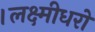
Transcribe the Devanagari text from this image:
।लक्ष्मीधरो